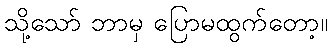
သို့သော် ဘာမှ ပြောမထွက်တော့။